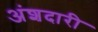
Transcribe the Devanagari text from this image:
अंशदारी